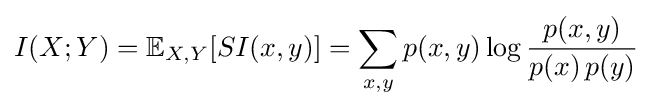
I(X;Y)=\mathbb {E} _{X,Y}[SI(x,y)]=\sum _{x,y}p(x,y)\log {\frac {p(x,y)}{p(x)\,p(y)}}